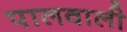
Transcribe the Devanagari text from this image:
पालवाली